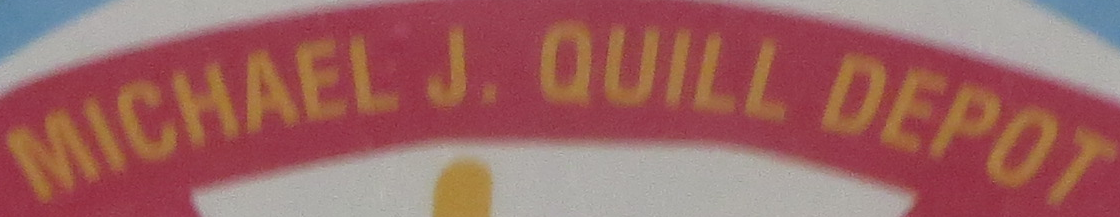
MICHAEL J. QUILL DEPOT